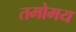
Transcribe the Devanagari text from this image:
तमोमय